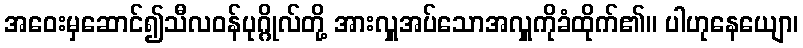
အဝေးမှဆောင်၍သီလဝန်ပုဂ္ဂိုလ်တို့ အားလှူအပ်သောအလှူကိုခံထိုက်၏။ ပါဟုနေယျော၊